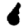
Digit: 6